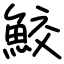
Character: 鮫